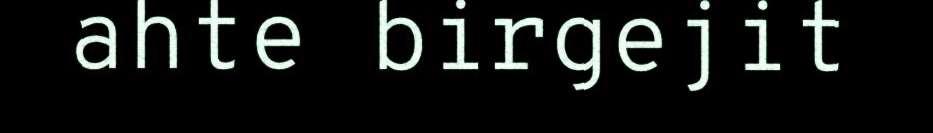
ahte birgejit